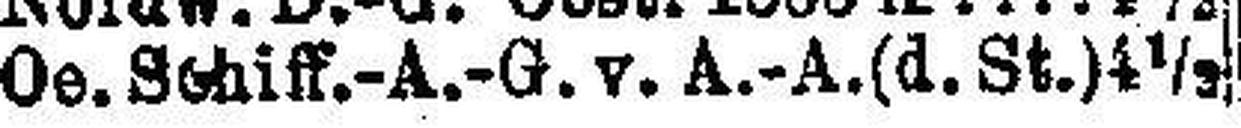
Oe. Schiff.-A.-G. v. A.-A. (d.St.) 4½